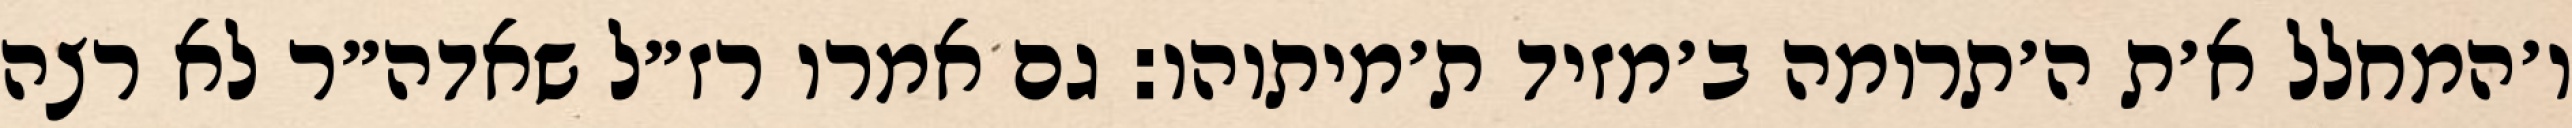
ו׳המחלל א׳ת ה׳תרומה ב׳מזיד ת׳מיתוהו: גם אמרו רז״ל שאדה״ר לא רצה